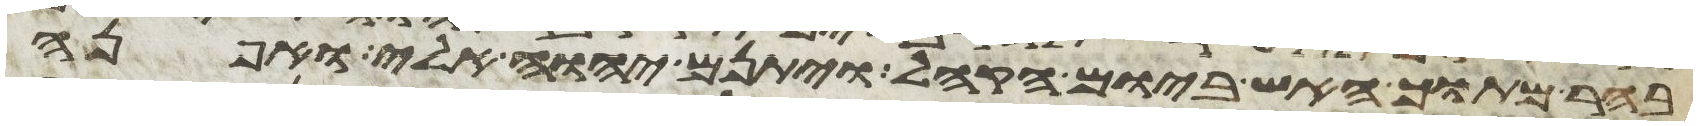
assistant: בהר מתוך האש ביום הקהל ויתנם יהוה אלי ואפנה